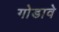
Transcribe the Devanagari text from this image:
गोडावे